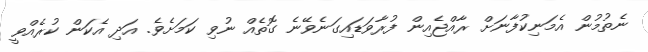
ނެތުމުން އެމަނިކުފާނަށް ރާއްޖެއިން ފުރާވަޑައިގަނެވޭނެ ގޮތެއް ނުވި ކަމަށެވެ. އަދި އެކަން ކުރެއްވީ